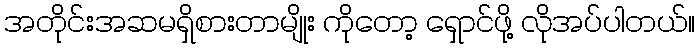
အတိုင်းအဆမရှိစားတာမျိုး ကိုတော့ ရှောင်ဖို့ လိုအပ်ပါတယ်။